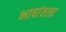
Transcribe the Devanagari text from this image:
भाषांतला